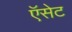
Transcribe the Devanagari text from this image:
ऍसेट